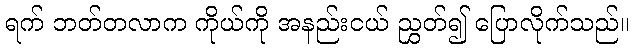
ရက် ဘတ်တလာက ကိုယ်ကို အနည်းငယ် ညွှတ်၍ ပြောလိုက်သည်။